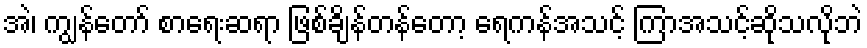
အဲ၊ ကျွန်တော် စာရေးဆရာ ဖြစ်ချိန်တန်တော့ ရေကန်အသင့် ကြာအသင့်ဆိုသလိုဘဲ